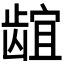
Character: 𬺌